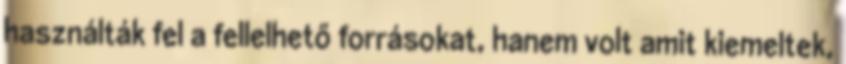
használták fel a fellelhető forrásokat, hanem volt amit kiemeltek,